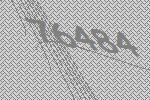
76484